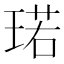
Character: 𪻷